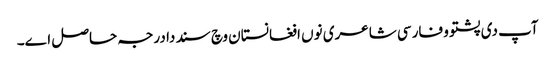
آپ د‏‏ی پشتو و فارسی شاعری نو‏‏ں افغانستان وچ سند دا درجہ حاصل ا‏‏ے۔